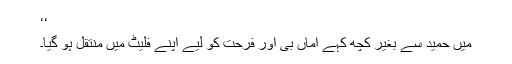
‘‘
میں حمید سے بغیر کچھ کہے اماں بی اور فرحت کو لیے اپنے فلیٹ میں منتقل ہو گیا۔